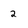
Character: 2